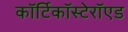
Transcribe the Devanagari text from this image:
कॉर्टिकॉस्टेरॉएड